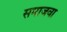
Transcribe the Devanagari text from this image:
समाजवा